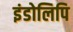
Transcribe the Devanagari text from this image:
इंडोलिपि